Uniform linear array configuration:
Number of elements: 16
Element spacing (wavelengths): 1
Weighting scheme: cosine
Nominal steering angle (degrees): -45
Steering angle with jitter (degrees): -43.862
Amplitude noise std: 0.05
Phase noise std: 0.05

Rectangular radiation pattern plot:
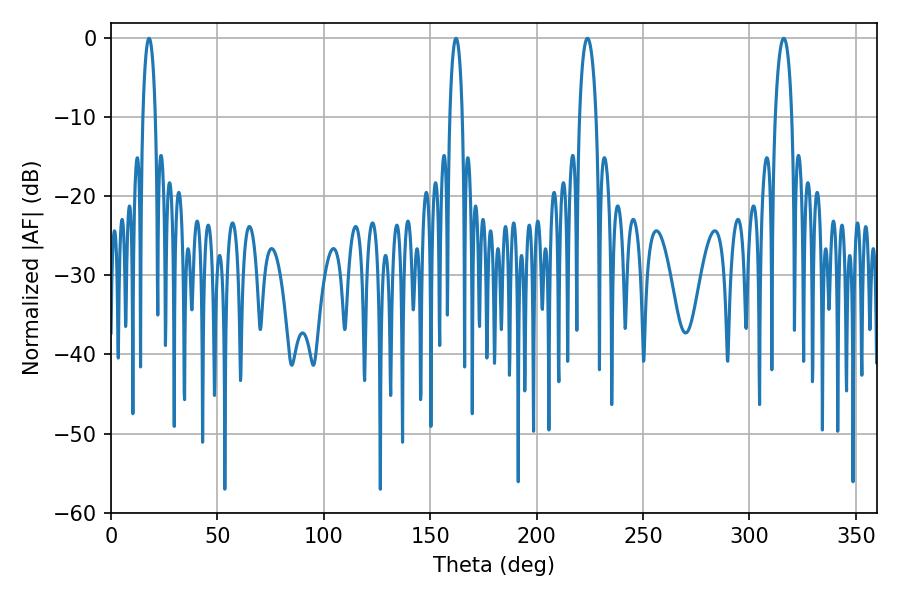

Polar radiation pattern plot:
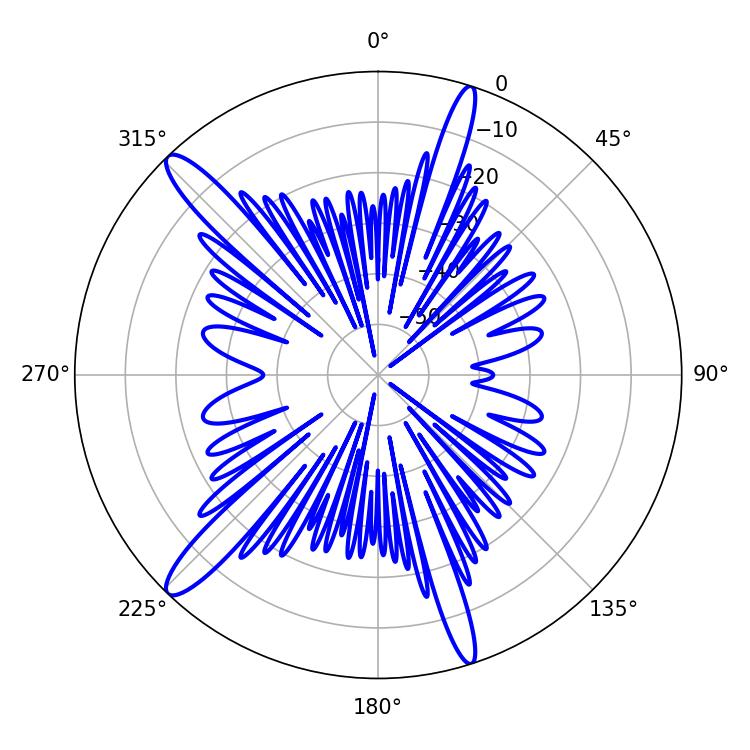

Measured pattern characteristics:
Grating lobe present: TRUE
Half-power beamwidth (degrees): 4.32
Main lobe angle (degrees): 316.08